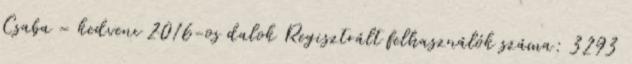
Csaba – kedvenc 2016-os dalok Regisztrált felhasználók száma: 3293